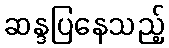
ဆန္ဒပြနေသည့်